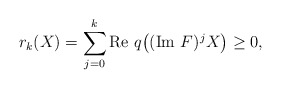
\begin{align*}r_k(X)=\sum_{j=0}^{k}\textrm{Re }q\big((\textrm{Im }F)^jX\big) \geq 0,\end{align*}